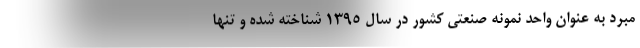
مبرد به عنوان واحد نمونه صنعتی کشور در سال 1395 شناخته شده و تنها